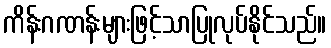
ကိန်းဂဏန်းများဖြင့်သာပြုလုပ်နိုင်သည်။